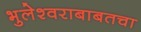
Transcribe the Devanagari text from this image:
भुलेश्वराबाबतचा